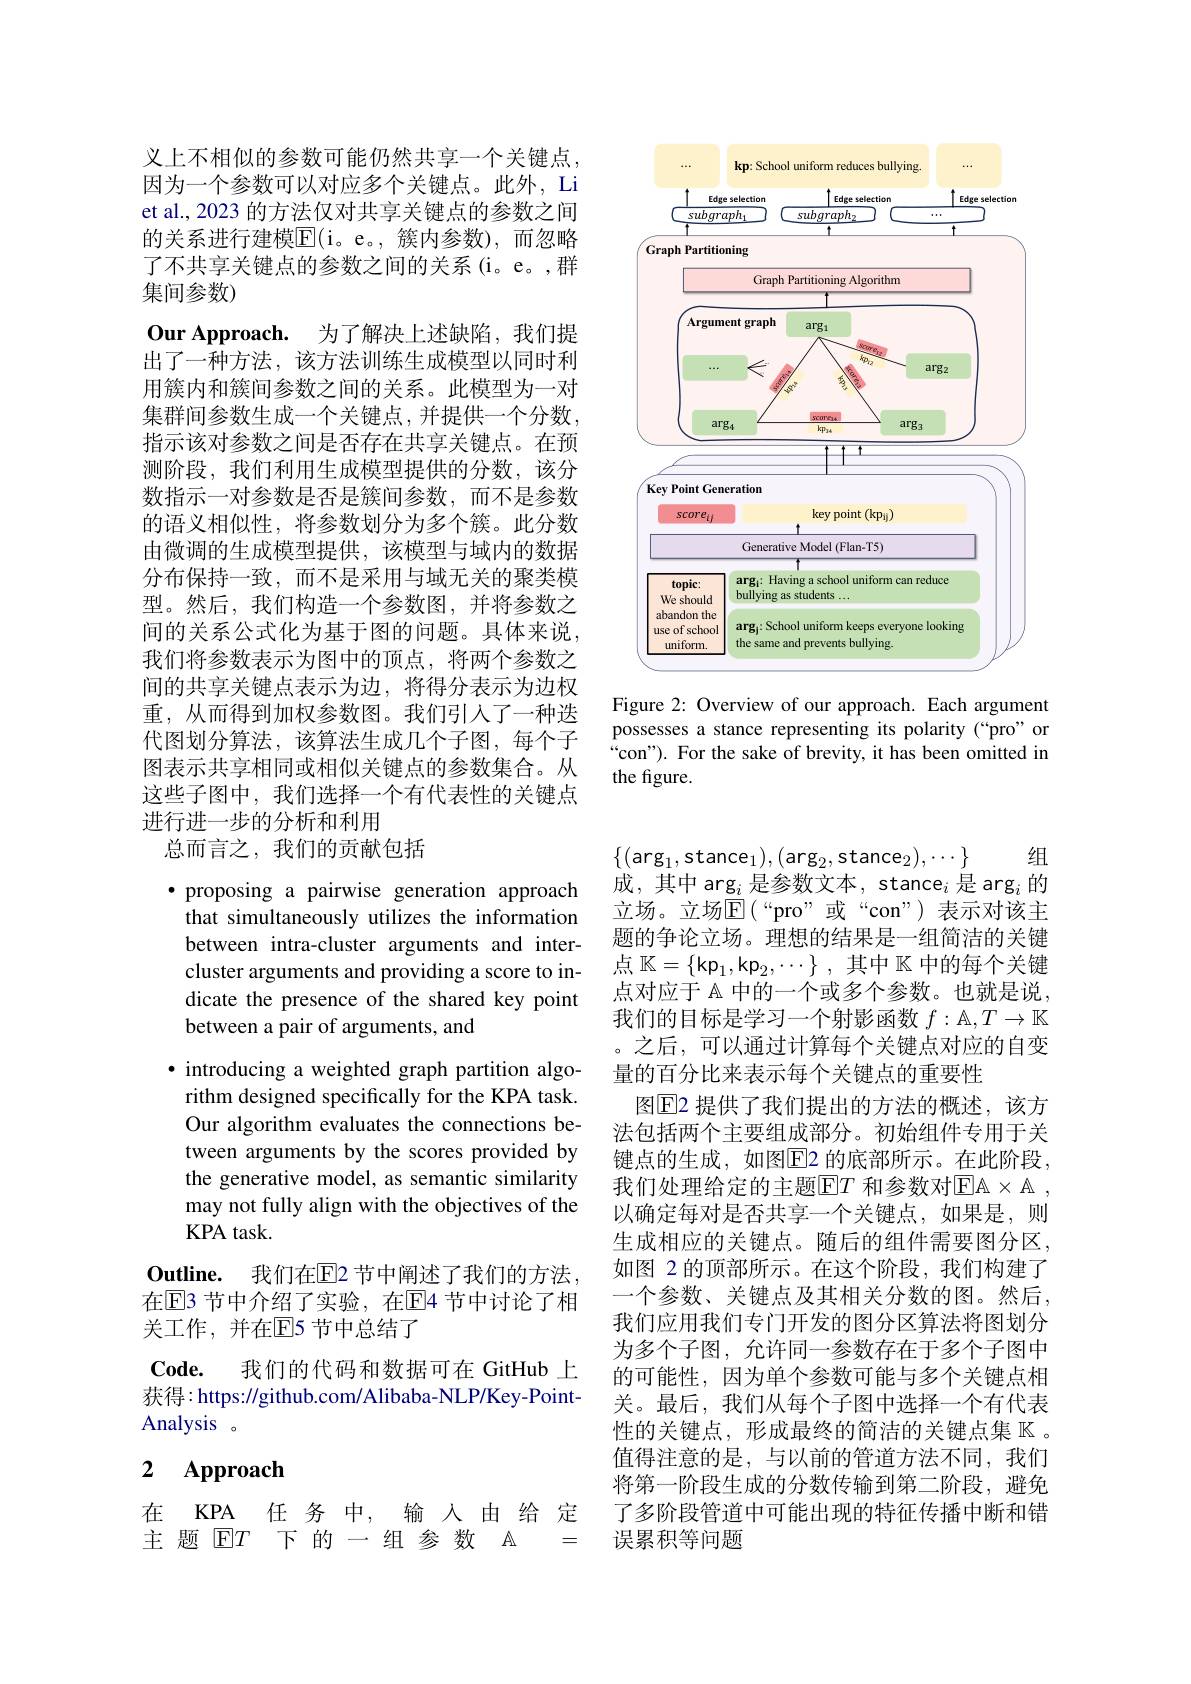
<FigureHere>

Figure 2: Overview of our approach. Each argument possesses a stance representing its polarity (“pro” or “con”). For the sake of brevity, it has been omitted in the figure.

义上不相似的参数可能仍然共享一个关键点， 因为一个参数可以对应多个关键点。此外，Li et al., 2023 的方法仅对共享关键点的参数之间的关系进行建模$\overline{\mathbb{E}}($i。e。,簇内参数),而忽略了不共享关键点的参数之间的关系(i。e。,群集间参数)

Our Approach. 为了解决上述缺陷，我们提出了一种方法，该方法训练生成模型以同时利用簇内和簇间参数之间的关系。此模型为一对集群间参数生成一个关键点，并提供一个分数， 指示该对参数之间是否存在共享关键点。在预测阶段，我们利用生成模型提供的分数，该分数指示一对参数是否是簇间参数，而不是参数的语义相似性，将参数划分为多个簇。此分数由微调的生成模型提供，该模型与域内的数据分布保持一致，而不是采用与域无关的聚类模型。然后，我们构造一个参数图，并将参数之间的关系公式化为基于图的问题。具体来说， 我们将参数表示为图中的顶点，将两个参数之间的共享关键点表示为边，将得分表示为边权重，从而得到加权参数图。我们引人了一种迭代图划分算法，该算法生成几个子图，每个子图表示共享相同或相似关键点的参数集合。从这些子图中，我们选择一个有代表性的关键点进行进一步的分析和利用
总而言之，我们的贡献包括
·proposing a pairwise generation approach that simultaneously utilizes the information between intra-cluster arguments and intercluster arguments and providing a score to indicate the presence of the shared key point between a pair of arguments, and
· introducing a weighted graph partition algorithm designed specifically for the KPA task. Our algorithm evaluates the connections between arguments by the scores provided by the generative model, as semantic similarity may not fully align with the objectives of the KPA task.
Outline. 我们在$\mathbb{E}$2 节中阐述了我们的方法在$\overline{\mathrm{E}}$3 节中介绍了实验，在$\overline{\mathrm{E}}$4 节中讨论了相关工作，并在$\mathbb{E}$5 节中总结了
$\mathbf{Code.}$
我们的代码和数据可在 GitHub 上
获得：https://github.com/Alibaba-NLP/Key-Point-
Analysis 。

## 2 $\mathbf{Approach}$

在 KPA 任务 中，输 人 由 给 定主题$\mathbb{E}T$下 的一组 参 数$\mathbb{A}$ =

组
$\{(\arg_{1}$,stance$_1),(\arg_2$,stance$_2),\cdots\}$
成，其中 arg$_i\text{是参数文本，stance}_i$是 arg$_i$的立场。立场$\operatorname{E}($“pro”或“con”)表示对该主题的争论立场。理想的结果是一组简洁的关键点$\mathbb{K}=\{$kp$_1$,kp$_2, \cdots \}$ ,其中$\mathbb{K}$中的每个关键点对应于 A 中的一个或多个参数。也就是说， 我们的目标是学习一个射影函数$f:\mathbb{A},T\to\mathbb{K}$ 。之后，可以通过计算每个关键点对应的自变量的百分比来表示每个关键点的重要性
图$\overline{\mathrm{E}}$2 提供了我们提出的方法的概述，该方法包括两个主要组成部分。初始组件专用于关键点的生成，如图$\overline{\mathrm{E}}$2 的底部所示。在此阶段， 我们处理给定的主题$\operatorname{E}T$ 和参数对$\operatorname{EA}\times\operatorname{A}$, 以确定每对是否共享一个关键点，如果是，则生成相应的关键点。随后的组件需要图分区， 如图 2 的顶部所示。在这个阶段，我们构建了一个参数、关键点及其相关分数的图。然后， 我们应用我们专门开发的图分区算法将图划分为多个子图，允许同一参数存在于多个子图中的可能性，因为单个参数可能与多个关键点相关。最后，我们从每个子图中选择一个有代表性的关键点，形成最终的简洁的关键点集$\mathbb{K}$ 。值得注意的是，与以前的管道方法不同，我们将第一阶段生成的分数传输到第二阶段，避免了多阶段管道中可能出现的特征传播中断和错误累积等问题